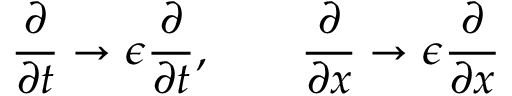
{ \frac { \partial } { \partial t } } \rightarrow \epsilon { \frac { \partial } { \partial t } } , \qquad { \frac { \partial } { \partial x } } \rightarrow \epsilon { \frac { \partial } { \partial x } }